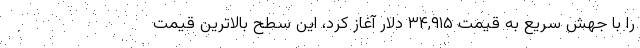
را با جهش سریع به قیمت ۳۴,۹۱۵ دلار آغاز کرد، این سطح بالاترین قیمت